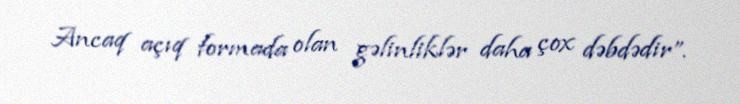
Ancaq açıq formada olan gəlinliklər daha çox dəbdədir”.